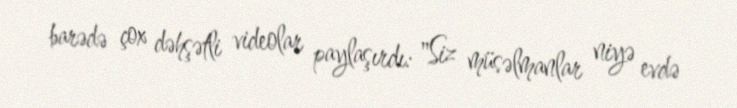
barədə çox dəhşətli videolar paylaşırdı: "Siz müsəlmanlar niyə evdə